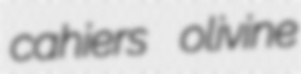
cahiers olivine